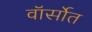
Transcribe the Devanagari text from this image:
वॉर्सोत